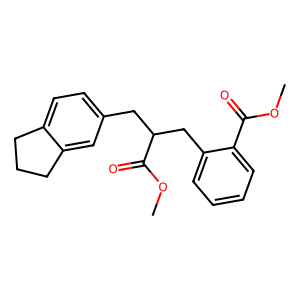
SMILES: COC(=O)c1ccccc1CC(Cc1ccc2c(c1)CCC2)C(=O)OC
Inhibits HIV replication: No